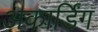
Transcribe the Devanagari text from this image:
अकार्डिंग